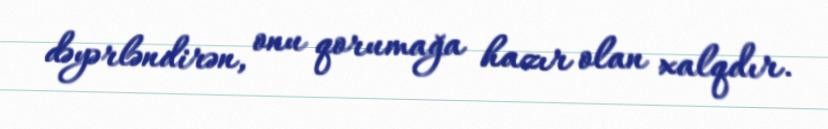
dəyərləndirən, onu qorumağa hazır olan xalqdır.